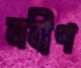
নবীণ